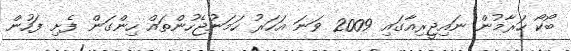
ބޯކޯ ހަރާމުން ނައިޖީރިއާގައި 2009 ވަނަ އަހަރު ހަމަނުޖެހުންތައް ހިންގަން ފެށި ފަހުން